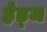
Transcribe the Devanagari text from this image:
हेड्ज